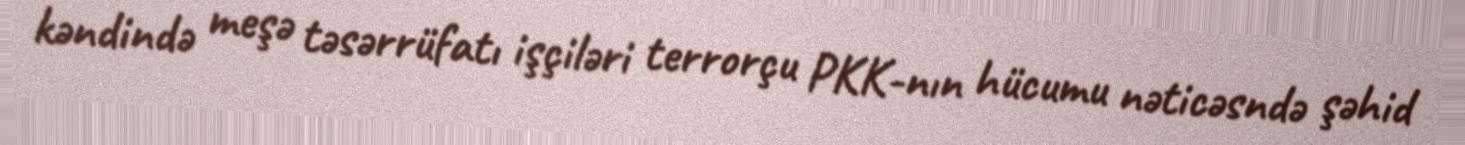
kəndində meşə təsərrüfatı işçiləri terrorçu PKK-nın hücumu nəticəsndə şəhid